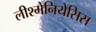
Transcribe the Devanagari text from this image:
लीश्मेनियेसिस